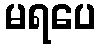
မရပေ